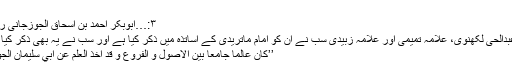
‘‘
۳:…ابوبکر احمد بن اسحاق الجوزجانی رحمہ اللہ
علامہ عبدالحی لکھنویؒ، علامہ تمیمیؒ اور علامہ زبیدیؒ سب نے ان کو امام ماتریدیؒ کے اساتذہ میں ذکر کیا ہے اور سب نے یہ بھی ذکر کیا ہے کہ:
’’کان عالمًا جامعًا بین الأصول و الفروع و قد أخذ العلم عن أبي سلیمان الجوزجاني۔